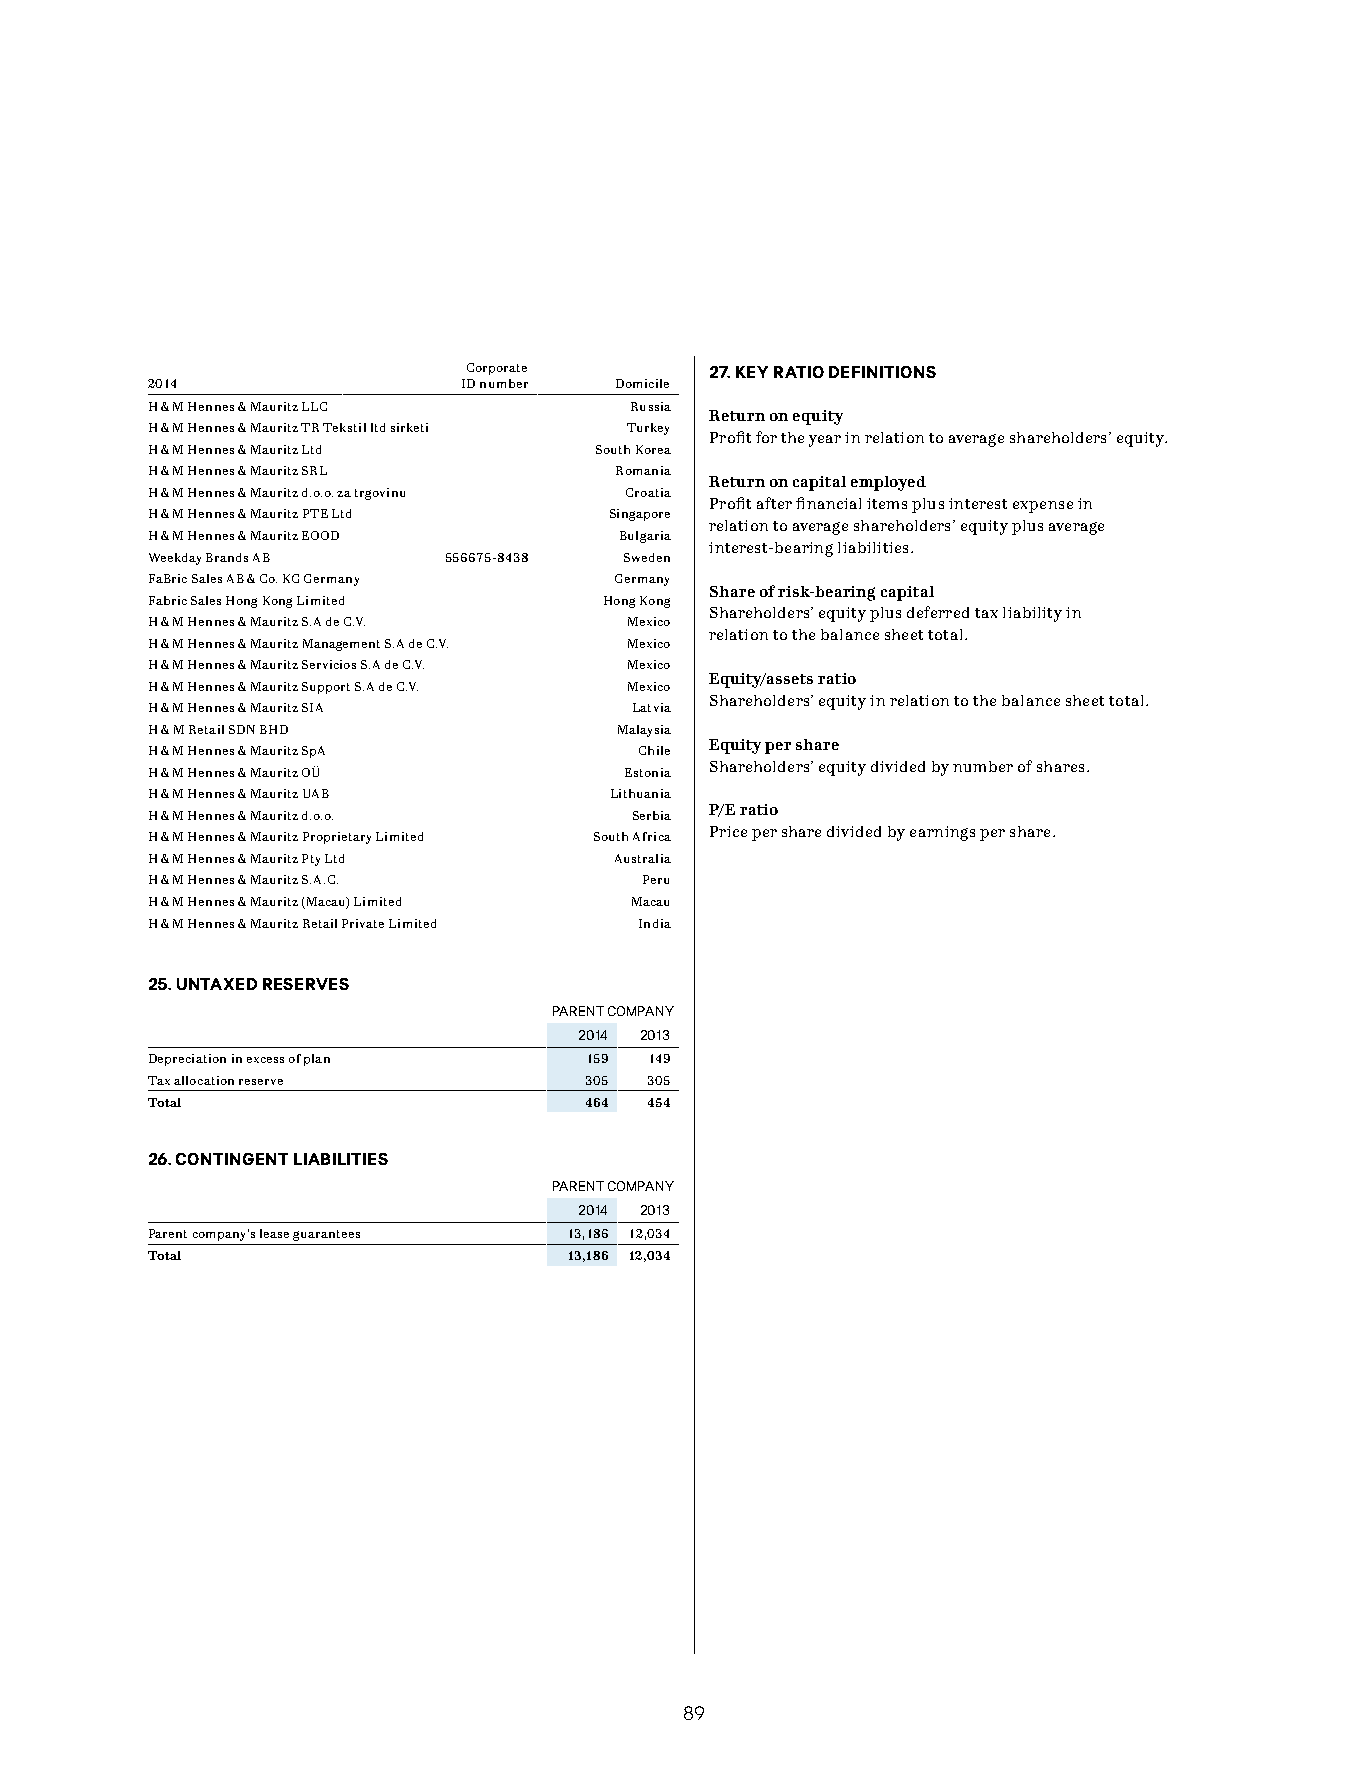
Corporate       27. KEY RATIO DEFINITIONS
 2014                ID number  Domicile
 H & M Hennes & Mauritz LLC      Russia
 Return on equity
 H & M Hennes & Mauritz TR Tekstil ltd sirketi Turkey
 Profit for the year in relation to average shareholders’ equity.
 H & M Hennes & Mauritz Ltd   South Korea
 H & M Hennes & Mauritz SRL     Romania
 Return on capital employed
 H & M Hennes & Mauritz d.o.o. za trgovinu Croatia
 Profit after financial items plus interest expense in
 H & M Hennes & Mauritz PTE Ltd Singapore
 relation to average shareholders’ equity plus average
 H & M Hennes & Mauritz EOOD    Bulgaria
 interest-bearing liabilities.
 Weekday Brands AB  556675-8438 Sweden
 FaBric Sales AB & Co. KG Germany Germany
 Share of risk-bearing capital
 Fabric Sales Hong Kong Limited Hong Kong
 Shareholders’ equity plus deferred tax liability in
 H & M Hennes & Mauritz S.A de C.V. Mexico
 relation to the balance sheet total.
 H & M Hennes & Mauritz Management S.A de C.V. Mexico
 H & M Hennes & Mauritz Servicios S.A de C.V. Mexico
 Equity/assets ratio
 H & M Hennes & Mauritz Support S.A de C.V. Mexico
 Shareholders’ equity in relation to the balance sheet total.
 H & M Hennes & Mauritz SIA      Latvia
 H & M Retail SDN BHD           Malaysia
 Equity per share
 H & M Hennes & Mauritz SpA      Chile
 Shareholders’ equity divided by number of shares.
 H & M Hennes & Mauritz OÜ      Estonia
 H & M Hennes & Mauritz UAB    Lithuania
 P/E ratio
 H & M Hennes & Mauritz d.o.o.   Serbia
 Price per share divided by earnings per share.
 H & M Hennes & Mauritz Proprietary Limited South Africa
 H & M Hennes & Mauritz Pty Ltd Australia
 H & M Hennes & Mauritz S.A.C.   Peru
 H & M Hennes & Mauritz (Macau) Limited Macau
 H & M Hennes & Mauritz Retail Private Limited India
 25. UNTAXED RESERVES
 PARENT COMPANY
 2014 2013
 Depreciation in excess of plan 159 149
 Tax allocation reserve       305 305
 Total                        464 454
 26. CONTINGENT LIABILITIES
 PARENT COMPANY
 2014 2013
 Parent company’s lease guarantees 13,186 12,034
 Total                       13,186 12,034
 89